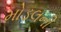
મોડલની